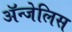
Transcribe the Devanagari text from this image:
ॲन्जेलिस